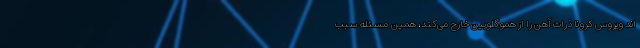
اند ویروس کرونا ذرات آهن را از هموگلوبین خارج می‌کند، همین مسئله سبب